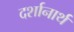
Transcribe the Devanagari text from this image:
दर्शानार्थ